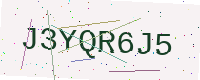
Text: J3YQR6J5